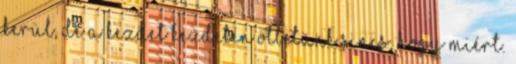
kerül, de a kezdet kezdetén ötletünk sincs, hogy miért.